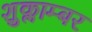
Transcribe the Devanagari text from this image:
शुक्लाम्बर